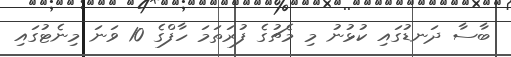
ބާސާ ދަނޑުގައި ކުޅުނު މި މެޗުގެ ފުރަތަމަ ހާފްގެ 10 ވަނަ މިނެޓުގައި